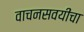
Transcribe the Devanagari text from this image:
वाचनसवयींचा